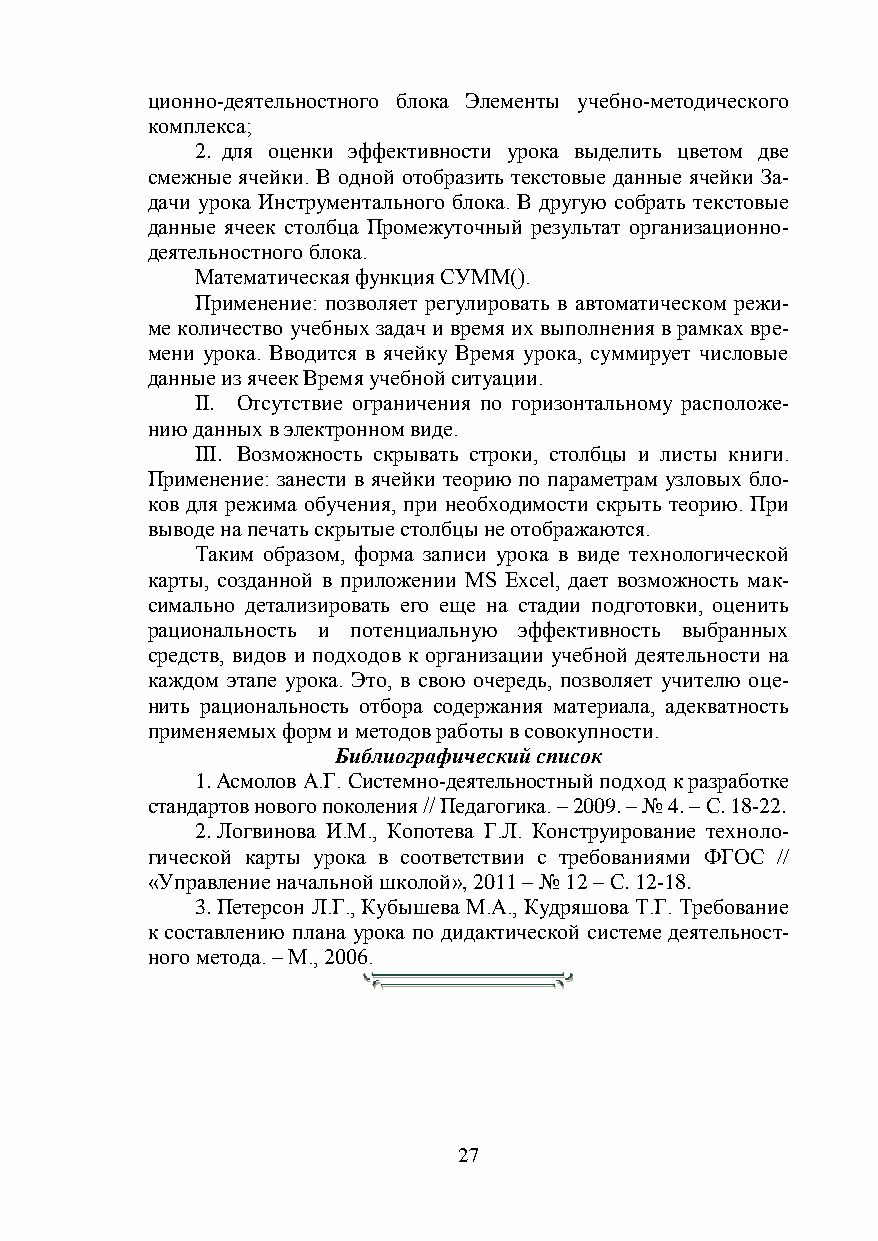
ционно-деятельностного блока Элементы учебно-методического
 комплекса;
 2. для оценки эффективности урока выделить цветом две
 смежные ячейки. В одной отобразить текстовые данные ячейки За-
 дачи урока Инструментального блока. В другую собрать текстовые
 данные ячеек столбца Промежуточный результат организационно-
 деятельностного блока.
 Математическая функция СУММ().
 Применение: позволяет регулировать в автоматическом режи-
 ме количество учебных задач и время их выполнения в рамках вре-
 мени урока. Вводится в ячейку Время урока, суммирует числовые
 данные из ячеек Время учебной ситуации.
 II. Отсутствие ограничения по горизонтальному расположе-
 нию данных в электронном виде.
 III. Возможность скрывать строки, столбцы и листы книги.
 Применение: занести в ячейки теорию по параметрам узловых бло-
 ков для режима обучения, при необходимости скрыть теорию. При
 выводе на печать скрытые столбцы не отображаются.
 Таким образом, форма записи урока в виде технологической
 карты, созданной в приложении MS Excel, дает возможность мак-
 симально детализировать его еще на стадии подготовки, оценить
 рациональность и потенциальную эффективность выбранных
 средств, видов и подходов к организации учебной деятельности на
 каждом этапе урока. Это, в свою очередь, позволяет учителю оце-
 нить рациональность отбора содержания материала, адекватность
 применяемых форм и методов работы в совокупности.
 Библиографический список
 1. Асмолов А.Г. Системно-деятельностный подход к разработке
 стандартов нового поколения // Педагогика. – 2009. – № 4. – С. 18-22.
 2. Логвинова И.М., Копотева Г.Л. Конструирование техноло-
 гической карты урока в соответствии с требованиями ФГОС //
 «Управление начальной школой», 2011 – № 12 – С. 12-18.
 3. Петерсон Л.Г., Кубышева М.А., Кудряшова Т.Г. Требование
 к составлению плана урока по дидактической системе деятельност-
 ного метода. – М., 2006.
 27